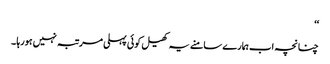
‘‘
چنانچہ اب ہمارے سامنے یہ کھیل کوئی پہلی مرتبہ نہیں ہورہا ۔